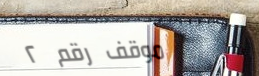
موقف رقم ٢